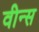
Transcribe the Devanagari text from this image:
वीन्स